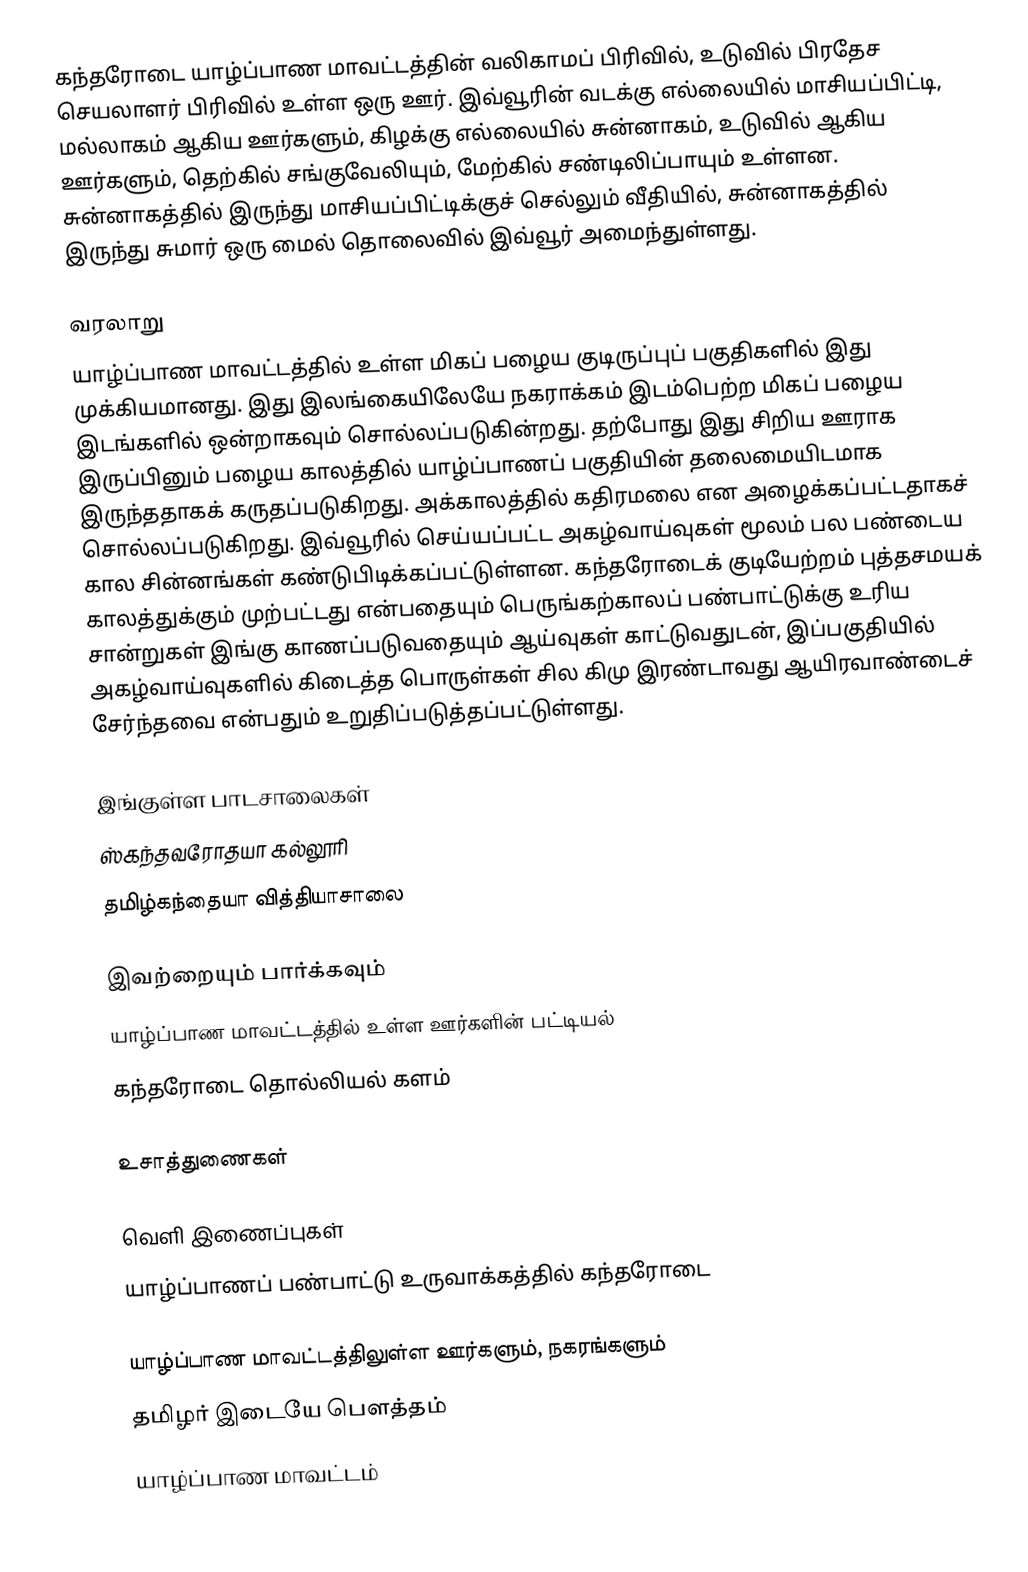
கந்தரோடை யாழ்ப்பாண மாவட்டத்தின் வலிகாமப் பிரிவில், உடுவில் பிரதேச செயலாளர் பிரிவில் உள்ள ஒரு ஊர். இவ்வூரின் வடக்கு எல்லையில் மாசியப்பிட்டி, மல்லாகம் ஆகிய ஊர்களும், கிழக்கு எல்லையில் சுன்னாகம், உடுவில் ஆகிய ஊர்களும், தெற்கில் சங்குவேலியும், மேற்கில் சண்டிலிப்பாயும் உள்ளன. சுன்னாகத்தில் இருந்து மாசியப்பிட்டிக்குச் செல்லும் வீதியில், சுன்னாகத்தில் இருந்து சுமார் ஒரு மைல் தொலைவில் இவ்வூர் அமைந்துள்ளது.

வரலாறு
யாழ்ப்பாண மாவட்டத்தில் உள்ள மிகப் பழைய குடிருப்புப் பகுதிகளில் இது முக்கியமானது. இது இலங்கையிலேயே நகராக்கம் இடம்பெற்ற மிகப் பழைய இடங்களில் ஒன்றாகவும் சொல்லப்படுகின்றது. தற்போது இது சிறிய ஊராக இருப்பினும் பழைய காலத்தில் யாழ்ப்பாணப் பகுதியின் தலைமையிடமாக இருந்ததாகக் கருதப்படுகிறது. அக்காலத்தில் கதிரமலை என அழைக்கப்பட்டதாகச் சொல்லப்படுகிறது. இவ்வூரில் செய்யப்பட்ட அகழ்வாய்வுகள் மூலம் பல பண்டைய கால சின்னங்கள் கண்டுபிடிக்கப்பட்டுள்ளன. கந்தரோடைக் குடியேற்றம் புத்தசமயக் காலத்துக்கும் முற்பட்டது என்பதையும் பெருங்கற்காலப் பண்பாட்டுக்கு உரிய சான்றுகள் இங்கு காணப்படுவதையும் ஆய்வுகள் காட்டுவதுடன், இப்பகுதியில் அகழ்வாய்வுகளில் கிடைத்த பொருள்கள் சில கிமு இரண்டாவது ஆயிரவாண்டைச் சேர்ந்தவை என்பதும் உறுதிப்படுத்தப்பட்டுள்ளது.

இங்குள்ள பாடசாலைகள்
ஸ்கந்தவரோதயா கல்லூரி
தமிழ்கந்தையா வித்தியாசாலை

இவற்றையும் பார்க்கவும்
 யாழ்ப்பாண மாவட்டத்தில் உள்ள ஊர்களின் பட்டியல்
 கந்தரோடை தொல்லியல் களம்

உசாத்துணைகள்

வெளி இணைப்புகள்
 யாழ்ப்பாணப் பண்பாட்டு உருவாக்கத்தில் கந்தரோடை

யாழ்ப்பாண மாவட்டத்திலுள்ள ஊர்களும், நகரங்களும்
தமிழர் இடையே பௌத்தம்
யாழ்ப்பாண மாவட்டம்